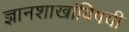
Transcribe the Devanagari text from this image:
ज्ञानशाखांविषयी